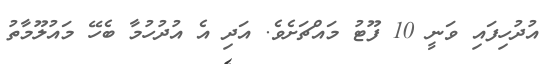
އުދުހިފައި ވަނީ 10 ފޫޓު މައްޗަށެވެ. އަދި އެ އުދުހުމާ ބެހޭ މައުލޫމާތު